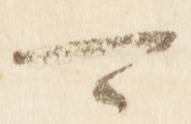
可